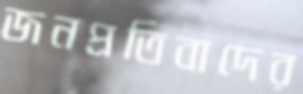
জনপ্রতিবাদের